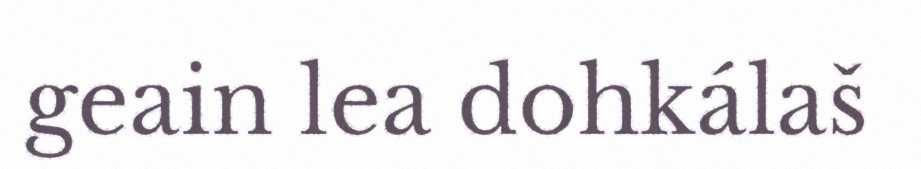
geain lea dohkálaš